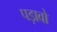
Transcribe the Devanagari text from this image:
पड़ावो